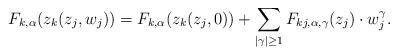
LaTeX: \begin{align*}F_{k, \alpha}(z_k(z_j, w_j))=F_{k, \alpha}(z_k(z_j, 0))+\sum_{|\gamma|\geq 1}F_{kj, \alpha, \gamma}(z_j)\cdot w_j^\gamma. \end{align*}